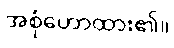
အစုံဟောထား၏။